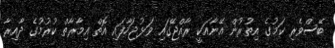
ބޭސްވެރި ކަމުގެ އިތުރުން އޭނާއަކީ ރާއްޖޭގައި ވަޅުޖަހާފައި އޮތް އިމާރާތް ކުރުމުގެ ދާއިރާ